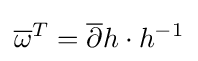
{\overline {\omega }}^{T}={\overline {\partial }}h\cdot h^{-1}